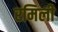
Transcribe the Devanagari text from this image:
रमिली